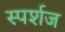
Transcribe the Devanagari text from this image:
स्पर्शज